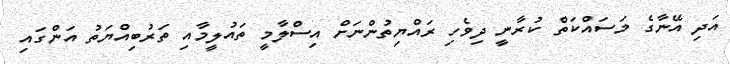
އަދި އޭނާގެ މަސައްކަތް ކުރާނީ ދިވެހި ރައްޔިތުންނަށް އިސްލާމީ ތައުލީމާއި ތަރުބިއްޔަތު އަންގައި